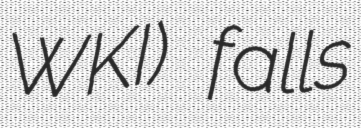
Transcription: WKI) falls